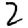
Digit: 2